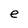
Character: e